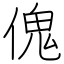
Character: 傀